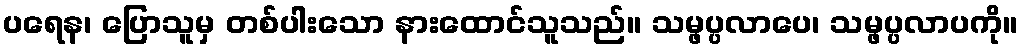
ပရေန၊ ပြောသူမှ တစ်ပါးသော နားထောင်သူသည်။ သမ္ဖပ္ပလာပေ၊ သမ္ဖပ္ပလာပကို။